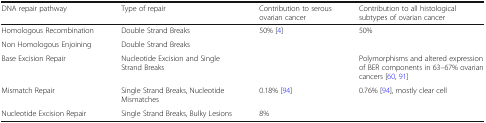
<table><thead><tr><td><b>DNA repair pathway</b></td><td><b>Type of repair</b></td><td><b>Contribution to serous ovarian cancer</b></td><td><b>Contribution to all histological subtypes of ovarian cancer</b></td></tr></thead><tbody><tr><td>Homologous Recombination</td><td>Double Strand Breaks</td><td rowspan="3">50% [4]</td><td rowspan="2">50%</td></tr><tr><td>Non Homologous Enjoining</td><td>Double Strand Breaks</td></tr><tr><td>Base Excision Repair</td><td>Nucleotide Excision and Single Strand Breaks</td><td>Polymorphisms and altered expression of BER components in 63–67% ovarian cancers [60, 91]</td></tr><tr><td>Mismatch Repair</td><td>Single Strand Breaks, Nucleotide Mismatches</td><td>0.18% [94]</td><td rowspan="2">0.76% [94], mostly clear cell</td></tr><tr><td>Nucleotide Excision Repair</td><td>Single Strand Breaks, Bulky Lesions</td><td>8%</td></tr></tbody></table>